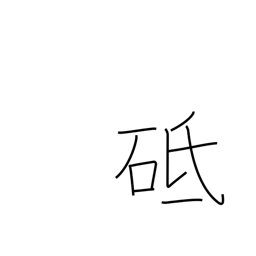
Meaning: whetstone